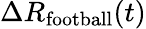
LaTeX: \Delta R_{\mathrm{football}}(t)